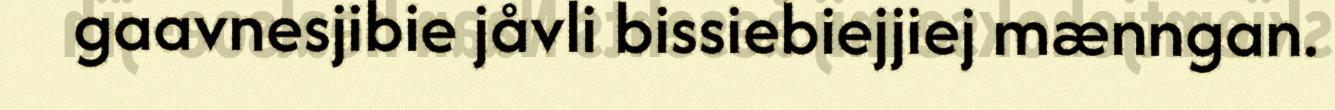
gaavnesjibie jåvli bissiebiejjiej mænngan.